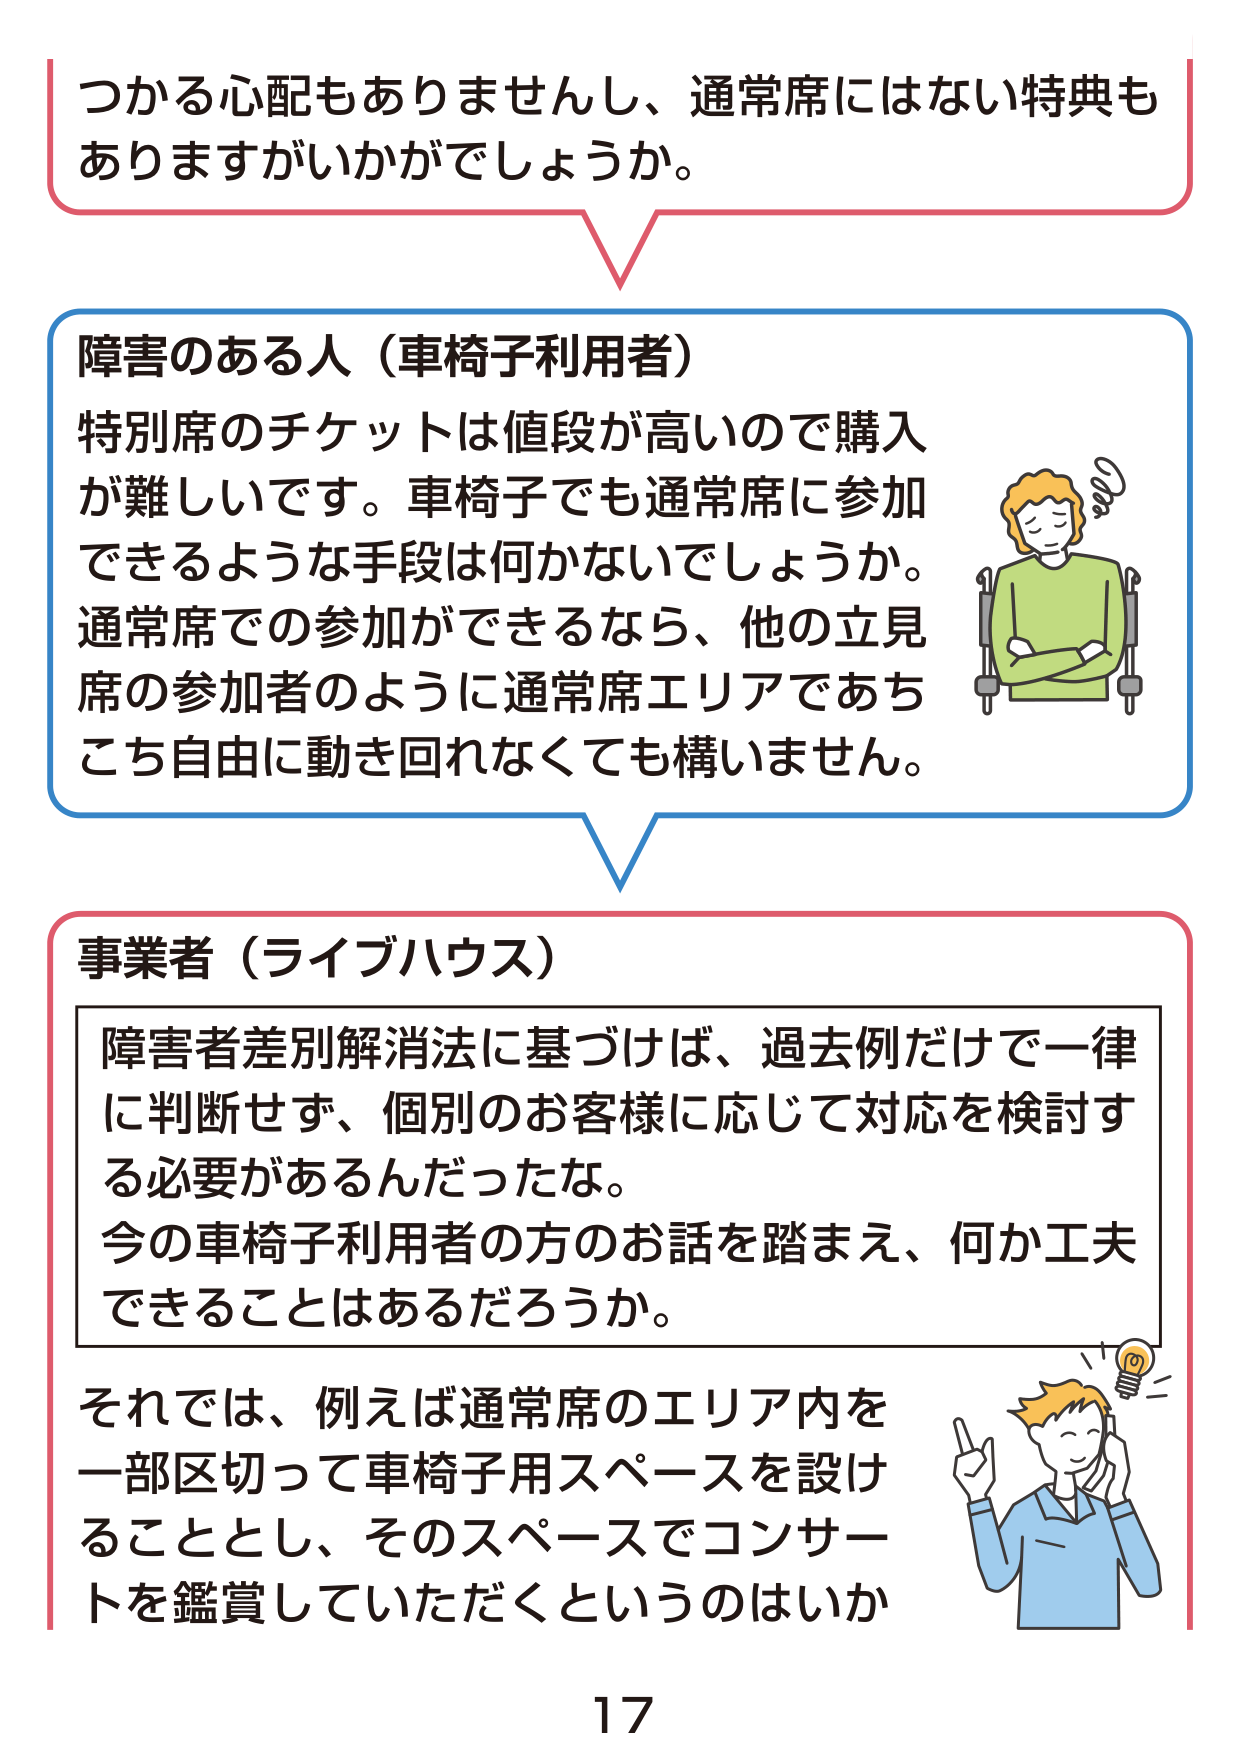
つかる心配もありませんし、通常席にはない特典もありますがいかがでしょうか。

障害のある人（車椅子利用者）
特別席のチケットは値段が高いので購入が難しいです。車椅子でも通常席に参加できるような手段は何かないでしょうか。通常席での参加ができるなら、他の立見席の参加者のように通常席エリアであちこち自由に動き回れなくても構いません。

事業者（ライブハウス）
障害者差別解消法に基づけば、過去例だけで一律に判断せず、個別のお客様に応じて対応を検討する必要があるんだったな。
今の車椅子利用者の方のお話を踏まえ、何か工夫できることはあるだろうか。
それでは、例えば通常席のエリア内を一部区切って車椅子用スペースを設けることとし、そのスペースでコンサートを鑑賞していただくというのはいか

17